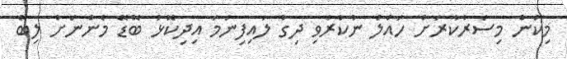
މިކަން މިސަރުކާރަށް ހައްލު ނުކުރެވި ދިގު ލައިފިނަމަ އިދިކޮޅު ބޮޑޭ މެންނަށް ލިބޭ